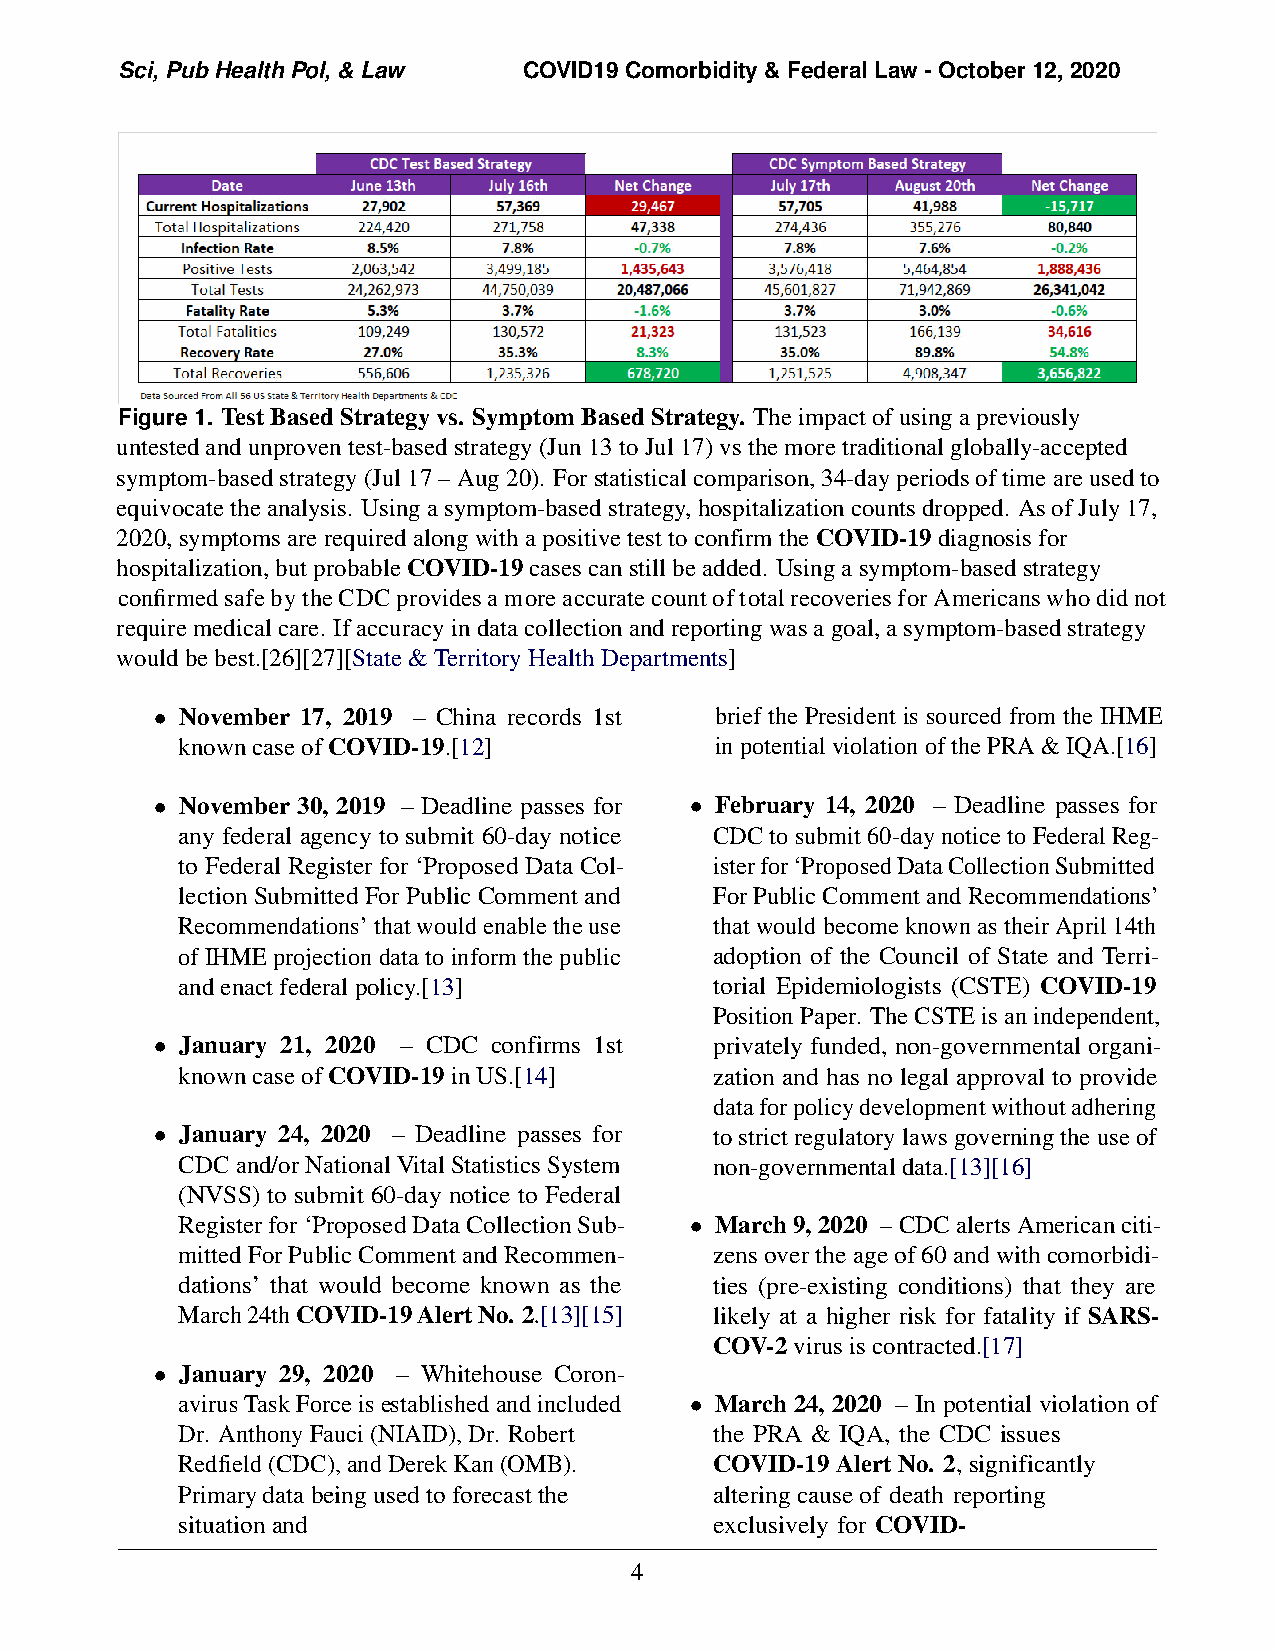
Sci, Pub Health Pol, & Law COVID19 Comorbidity & Federal Law - October 12, 2020
 Figure 1. Test Based Strategy vs. Symptom Based Strategy. The impact of using a previously
 untested and unproven test-based strategy (Jun 13 to Jul 17) vs the more traditional globally-accepted
 symptom-based strategy (Jul 17 – Aug 20). For statistical comparison, 34-day periods of time are used to
 equivocate the analysis. Using a symptom-based strategy, hospitalization counts dropped. As of July 17,
 2020, symptoms are required along with a positive test to confirm the COVID-19 diagnosis for
 hospitalization, but probable COVID-19 cases can still be added. Using a symptom-based strategy
 confirmed safe by the CDC provides a more accurate count of total recoveries for Americans who did not
 require medical care. If accuracy in data collection and reporting was a goal, a symptom-based strategy
 would be best.[26][27][State & Territory Health Departments]
 • November 17, 2019 – China records 1st brief the President is sourced from the IHME
 known case of COVID-19.[12]        in potential violation of the PRA & IQA.[16]
 • November 30, 2019 – Deadline passes for • February 14, 2020 – Deadline passes for
 any federal agency to submit 60-day notice CDC to submit 60-day notice to Federal Reg-
 to Federal Register for ‘Proposed Data Col- ister for ‘Proposed Data Collection Submitted
 lection Submitted For Public Comment and For Public Comment and Recommendations’
 Recommendations’ that would enable the use that would become known as their April 14th
 of IHME projection data to inform the public adoption of the Council of State and Terri-
 and enact federal policy.[13]      torial Epidemiologists (CSTE) COVID-19
 Position Paper. The CSTE is an independent,
 • January 21, 2020 – CDC confirms 1st privately funded, non-governmental organi-
 known case of COVID-19 in US.[14]  zation and has no legal approval to provide
 data for policy development without adhering
 • January 24, 2020 – Deadline passes for to strict regulatory laws governing the use of
 CDC and/or National Vital Statistics System non-governmental data.[13][16]
 (NVSS) to submit 60-day notice to Federal
 Register for ‘Proposed Data Collection Sub- • March 9, 2020 – CDC alerts American citi-
 mitted For Public Comment and Recommen- zens over the age of 60 and with comorbidi-
 dations’ that would become known as the ties (pre-existing conditions) that they are
 March 24th COVID-19 Alert No. 2.[13][15] likely at a higher risk for fatality if SARS-
 COV-2 virus is contracted.[17]
 • January 29, 2020 – Whitehouse Coron-
 avirus Task Force is established and included • March 24, 2020 – In potential violation of
 Dr. Anthony Fauci (NIAID), Dr. Robert the PRA & IQA, the CDC issues
 Redfield (CDC), and Derek Kan (OMB). COVID-19 Alert No. 2, significantly
 Primary data being used to forecast the altering cause of death reporting
 situation and                      exclusively for COVID-
 4